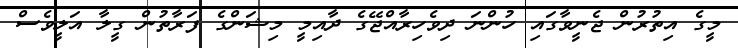
މީގެ އިތުރުން ޖެނީވާގައި ހުންނަ ދިވެހިރާއްޖޭގެ ދާއިމީ މިޝަންގެ ފަރާތުން ގީލާ އަލީވެސް